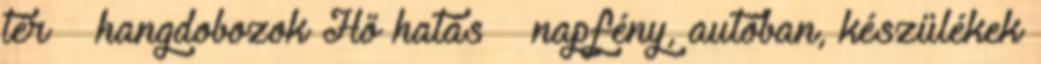
tér – hangdobozok Hő hatás – napfény, autóban, készülékek